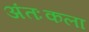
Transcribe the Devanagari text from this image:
अंतःकला